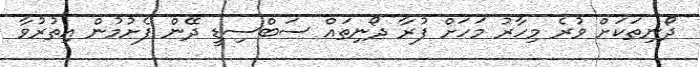
ދޯނިތަކަށް ވުރެ މިހާރު މަހަށް ފުރާ ދޯނިތައް ސަބްސިޑީ ދޭން ފެށުމުން އިތުރުވާ